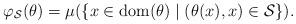
LaTeX: \begin{align*}\varphi_{\mathcal{S}}(\theta) = \mu(\{x \in \operatorname{dom}(\theta) \;|\;(\theta(x), x) \in \mathcal{S}\}). \end{align*}